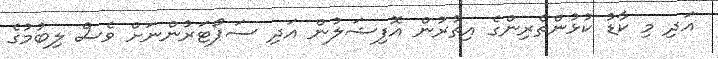
އަދި މި ކާޑު ކުޅުންތެރިންގެ އިތުރުން އޮފިޝަލުން އަދި ސަޕޯޓަރުންނަށް ވެސް ލިބުމުގެ